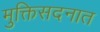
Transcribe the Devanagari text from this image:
मुक्तिसदनात